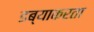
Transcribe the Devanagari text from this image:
डब्याकरता